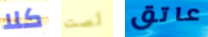
كلا لست عاتق